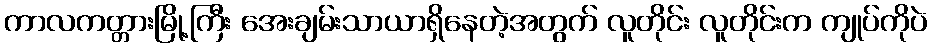
ကာလကတ္တားမြို့ကြီး အေးချမ်းသာယာရှိနေတဲ့အတွက် လူတိုင်း လူတိုင်းက ကျုပ်ကိုပဲ